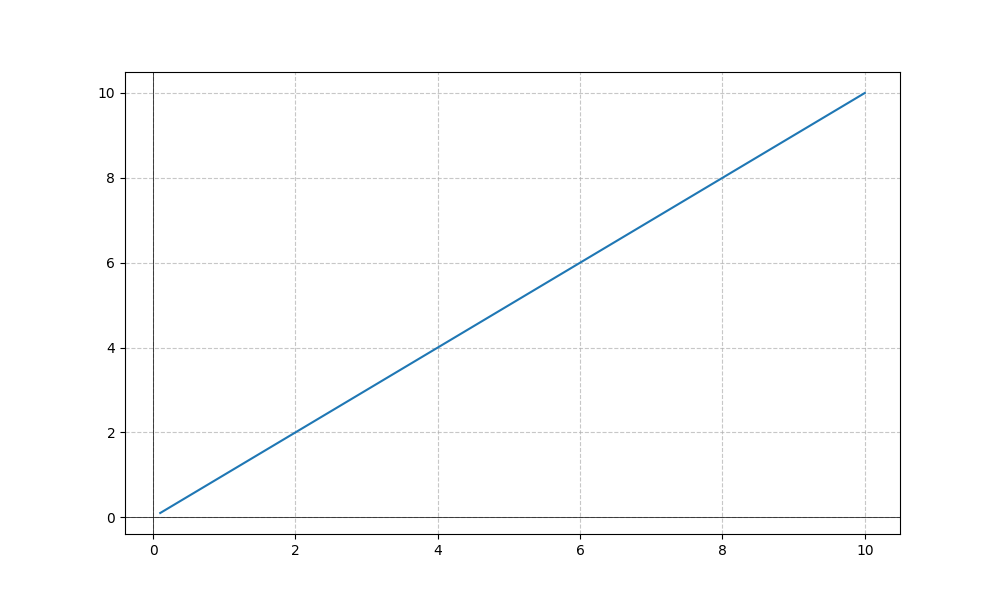
LaTeX formula: x